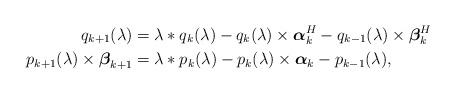
LaTeX: \begin{align*} q_{k+1}(\lambda) &= \lambda * q_{k}(\lambda) - q_{k}(\lambda)\times \boldsymbol{\alpha}_{k}^H - q_{k-1}(\lambda)\times \boldsymbol{\beta}_{k}^H \\ p_{k+1}(\lambda)\times\boldsymbol{\beta}_{k+1} &= \lambda * p_{k}(\lambda) - p_{k}(\lambda)\times\boldsymbol{\alpha}_{k} - p_{k-1}(\lambda), \end{align*}